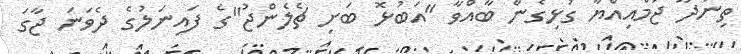
ތިނަދޫ ޖަމްއިއްޔާ ގުޅިގެން ބާއްވާ "އަބުޅޮ ބަށި ޗެލެންޖު"ގެ ފައިނަލުގެ ދެވަނަ ޖާގަ